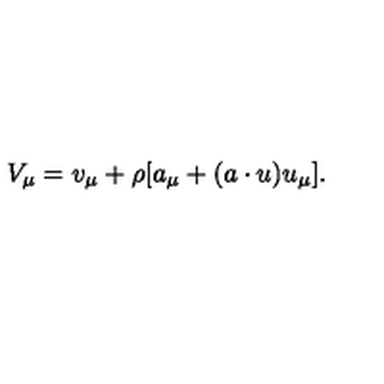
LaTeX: V _ { \mu } = v _ { \mu } + \rho [ a _ { \mu } + ( a \cdot u ) u _ { \mu } ] .